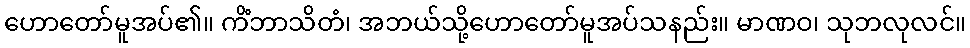
ဟောတော်မူအပ်၏။ ကိံဘာသိတံ၊ အဘယ်သို့ဟောတော်မူအပ်သနည်း။ မာဏဝ၊ သုဘလုလင်။